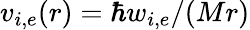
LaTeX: v_{i,e}(r)=\hbar w_{i,e}/(Mr)